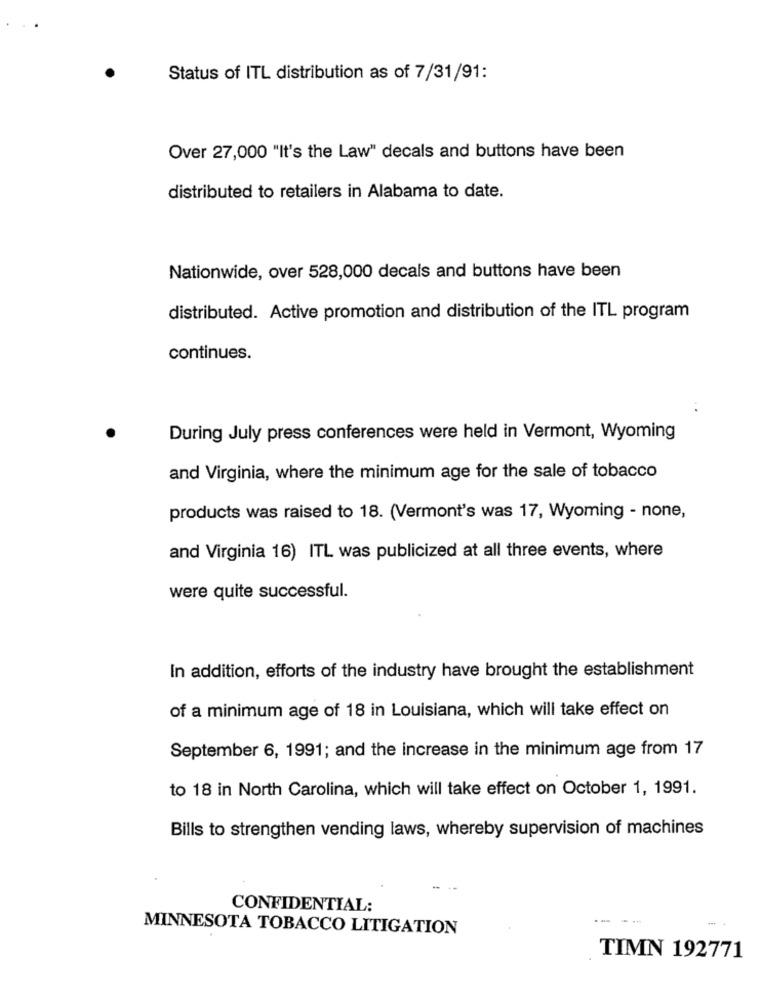
Status of ITL distribution as of 7/31/91:
Over 27,000 "It's the Law" decals and buttons have been
distributed to retailers in Alabama to date.
Nationwide, over 528,000 decals and buttons have been
distributed. Active promotion and distribution of the ITL program
continues.
During July press conferences were held in Vermont, Wyoming
and Virginia, where the minimum age for the sale of tobacco
products was raised to 18. (Vermont's was 17, Wyoming - none,
and Virginia 16) ITL was publicized at all three events, where
were quite successful.
In addition, efforts of the industry have brought the establishment
of a minimum age of 18 in Louisiana, which will take effect on
September 6, 1991; and the increase in the minimum age from 17
to 18 in North Carolina, which will take effect on October 1, 1991.
Bills to strengthen vending laws, whereby supervision of machines
CONFIDENTIAL:
MINNESOTA TOBACCO LITIGATION
TIMN 192771